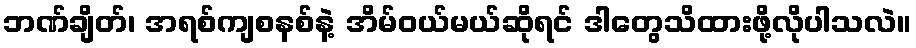
ဘဏ်ချိတ်၊ အရစ်ကျစနစ်နဲ့ အိမ်ဝယ်မယ်ဆိုရင် ဒါတွေသိထားဖို့လိုပါသလဲ။